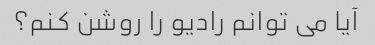
آیا می توانم رادیو را روشن کنم؟